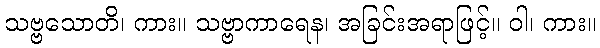
သဗ္ဗသောတိ၊ ကား။ သဗ္ဗာကာရေန၊ အခြင်းအရာဖြင့်။ ဝါ၊ ကား။